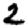
Digit: 2